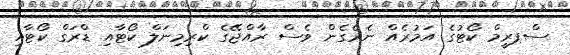
ސްޕރީމް ކޯޓުގެ އަމުރެއް ނެރެގެން ވެސް ރާއްޖޭގެ ކްރިމިނަލް ކޯޓާއި ޑްރަގް ކޯޓާއި